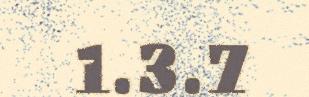
1.3.7